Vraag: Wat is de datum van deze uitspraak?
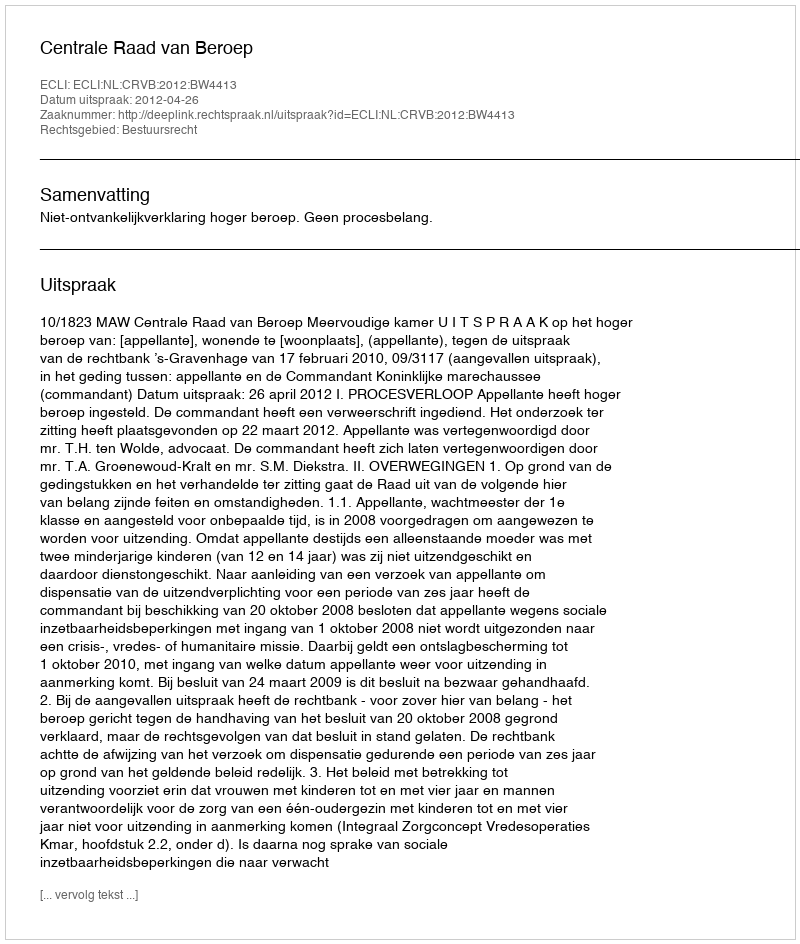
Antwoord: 2012-04-26